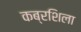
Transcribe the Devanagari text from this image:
कब्रशिला